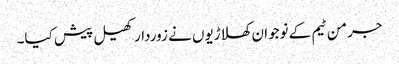
جرمن ٹیم کے نوجوان کھلاڑیوں نے زوردار کھیل پیش کیا۔